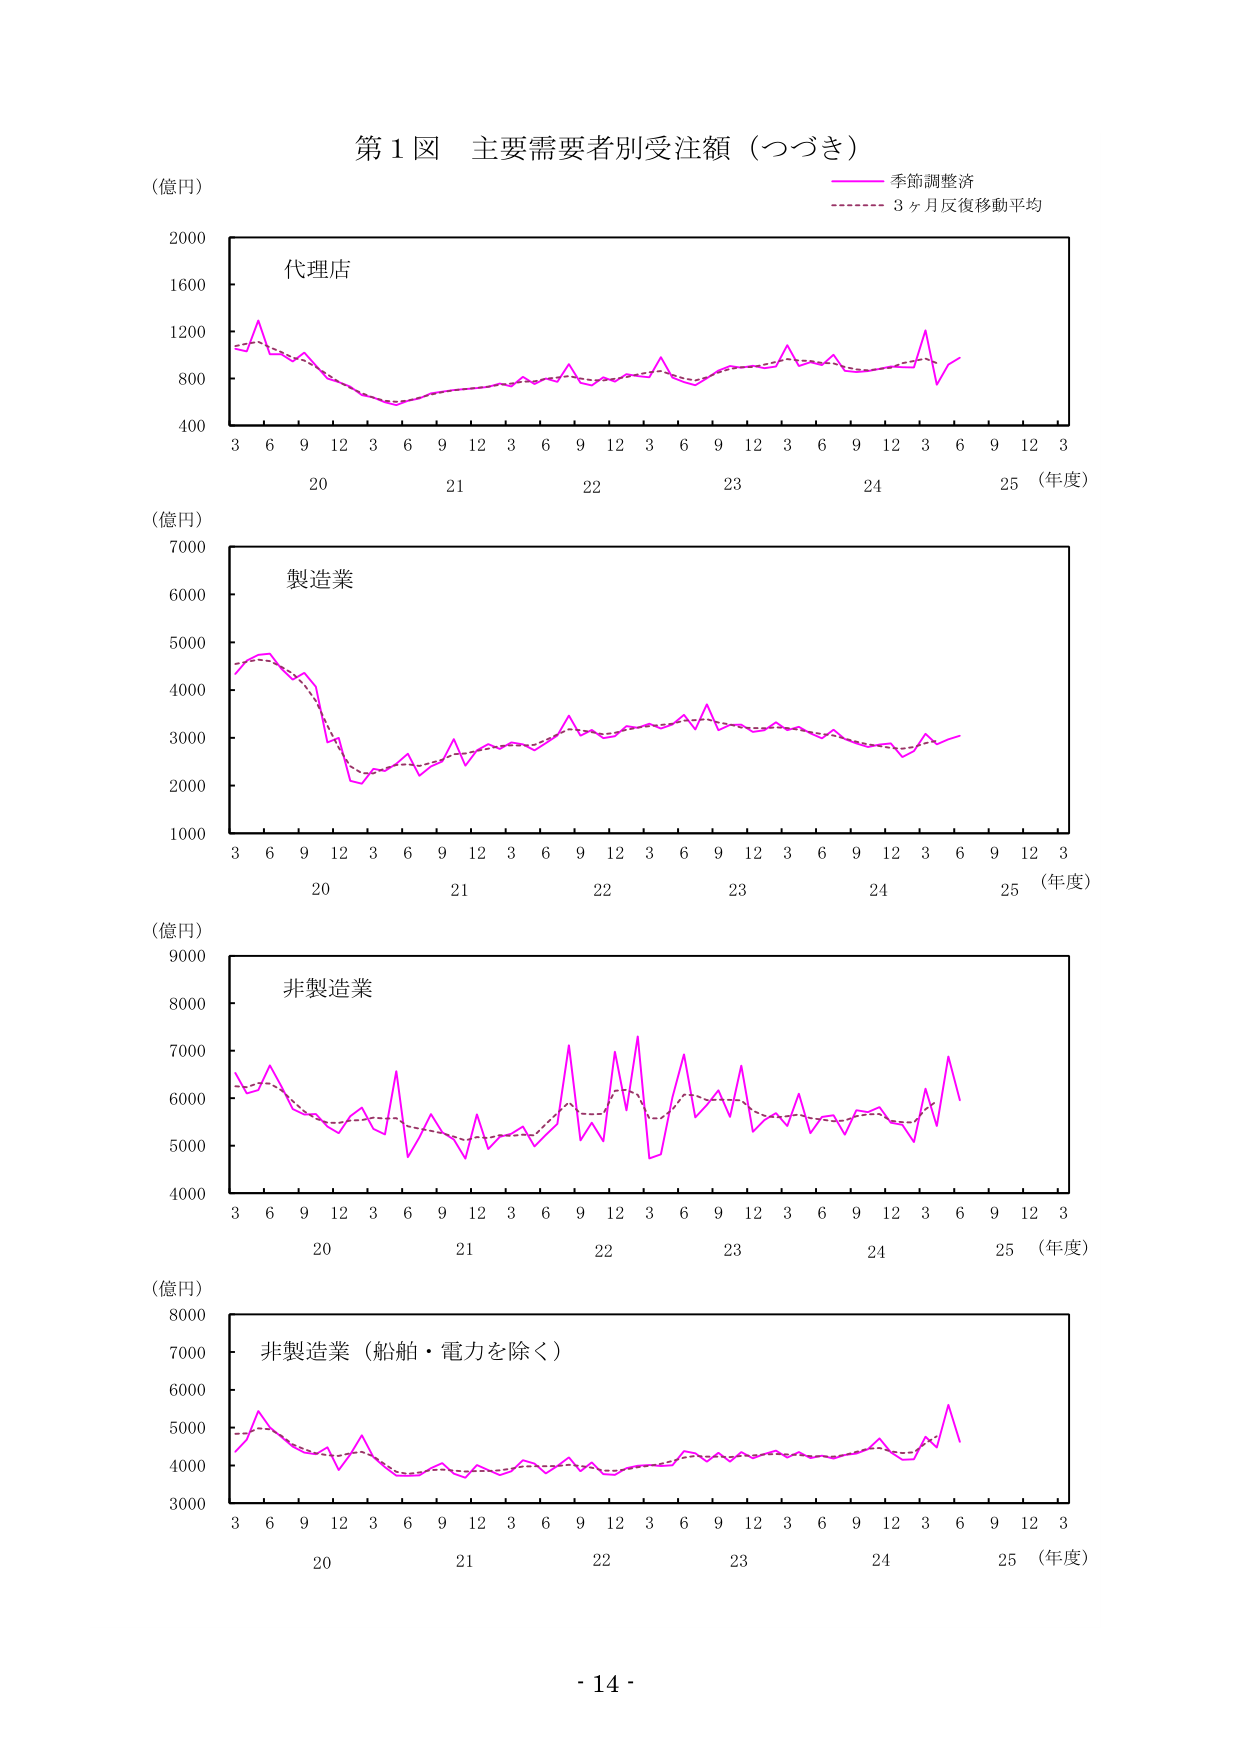
第１図 主要需要者別受注額（つづき）
（億円）
季節調整済
3ヶ月反復移動平均
代理店
2000
1600
1200
800
400
3 6 9 12 3 6 9 12 3 6 9 12 3 6 9 12 3 6 9 12 3
20 21 22 23 24 25 （年度）
（億円）
製造業
7000
6000
5000
4000
3000
2000
1000
3 6 9 12 3 6 9 12 3 6 9 12 3 6 9 12 3 6 9 12 3
20 21 22 23 24 25 （年度）
（億円）
非製造業
9000
8000
7000
6000
5000
4000
3 6 9 12 3 6 9 12 3 6 9 12 3 6 9 12 3 6 9 12 3
20 21 22 23 24 25 （年度）
（億円）
非製造業（船舶・電力を除く）
8000
7000
6000
5000
4000
3000
3 6 9 12 3 6 9 12 3 6 9 12 3 6 9 12 3 6 9 12 3
20 21 22 23 24 25 （年度）
- 14 -